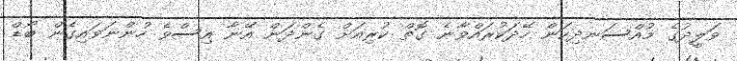
ވަލީދުގެ މުއްސަނދިކަން ހޭދަކުރައްވާނެ ގޮތް ކުރިއަށް ގެންދަން އޭނާ އިސްވެ ހުންނަވައިގެން ބޯޑް